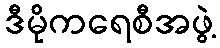
ဒီမိုကရေစီအဖွဲ့